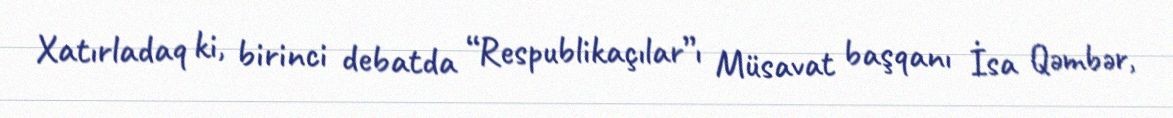
Xatırladaq ki, birinci debatda “Respublikaçılar”ı Müsavat başqanı İsa Qəmbər,